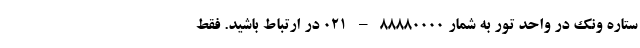
ستاره ونک در واحد تور به شمار 88880000 – 021 در ارتباط باشید. فقط